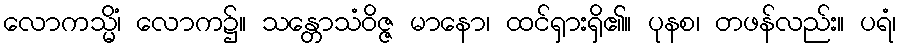
လောကသ္မိံ၊ လောက၌။ သန္တောသံဝိဇ္ဇ မာနော၊ ထင်ရှားရှိ၏။ ပုနစ၊ တဖန်လည်း။ ပရံ၊